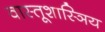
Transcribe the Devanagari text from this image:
वास्तूशास्ञिय